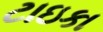
ટાઇકા